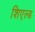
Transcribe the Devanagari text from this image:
शिएल्ड